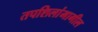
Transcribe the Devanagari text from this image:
तपशिलांमागील